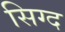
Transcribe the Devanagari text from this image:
सिग्द